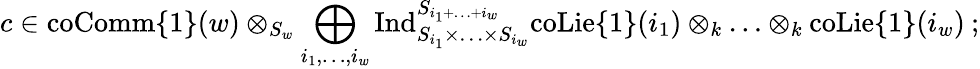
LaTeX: c\in\mathrm{coComm}\{ 1\} (w)\otimes_{S_{w}}\bigoplus_{i_{1},\ldots,i_{w}}\mathrm{Ind}_{S_{i_{1}}\times\ldots\times S_{i_{w}}}^{S_{i_{1}+\ldots+i_{w}}}\mathrm{coLie}\{ 1\} (i_{1})\otimes_{k}\ldots\otimes_{k}\mathrm{coLie}\{ 1\} (i_{w})\: ;